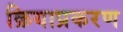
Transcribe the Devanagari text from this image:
क्रियाप्रकरण